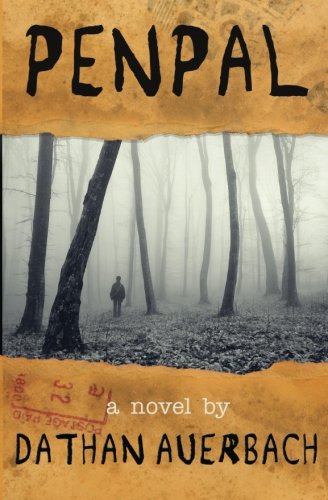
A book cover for Penpal; Dathan Auerbach; Literature & Fiction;